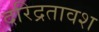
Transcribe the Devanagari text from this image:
दरिद्रतावश